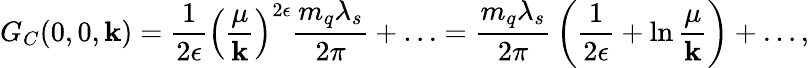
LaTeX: G_{C}(0,0,\mathbf{k})={\frac{{1}}{{2\epsilon}}}\left({\frac{{\mu}}{{\mathbf{k}}}}\right)^{2\epsilon}{\frac{{m_{q}\lambda_{s}}}{{2\pi}}}+\ldots={\frac{{m_{q}\lambda_{s}}}{{2\pi}}}\left({\frac{{1}}{{2\epsilon}}}+\ln{\frac{{\mu}}{{\mathbf{k}}}}\right)+\ldots,